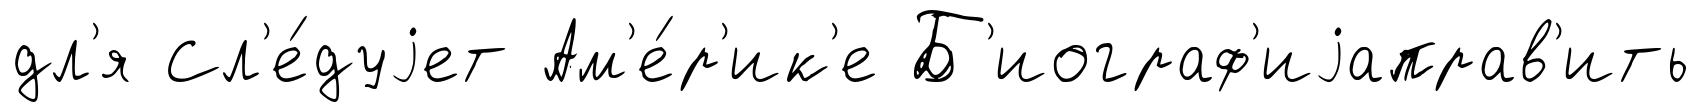
дл'я Сл'е́дуjет Ам'е́р'ик'е Б'иограф'иjаправ'ить